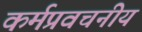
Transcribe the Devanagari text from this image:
कर्मप्रवचनीय